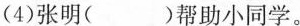
(4)张明(（）帮助小同学。